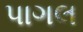
પાગલ